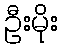
ဦးမိုး